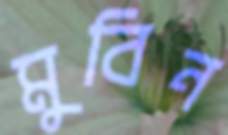
মুবিন